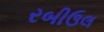
રબીઉલ